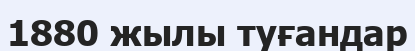
1880 жылы туғандар